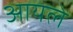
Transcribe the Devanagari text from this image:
आयले